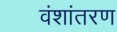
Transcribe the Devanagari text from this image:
वंशांतरण